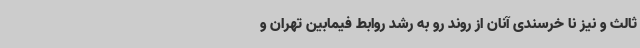
ثالث و نیز نا خرسندی آنان از روند رو به رشد روابط فیمابین تهران و